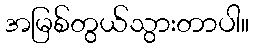
အမြစ်တွယ်သွားတာပါ။